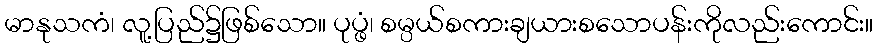
မာနုသကံ၊ လူ့ပြည်၌ဖြစ်သော။ ပုပ္ဖံ၊ စမ္ပယ်စကားချယားစသောပန်းကိုလည်းကောင်း။